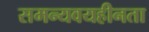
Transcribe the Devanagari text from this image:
समन्यवयहीनता